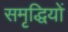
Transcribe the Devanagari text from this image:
समृद्धियों